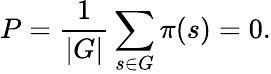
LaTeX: P={\frac{1}{|G|}}\sum_{s\in G}\pi(s)=0.